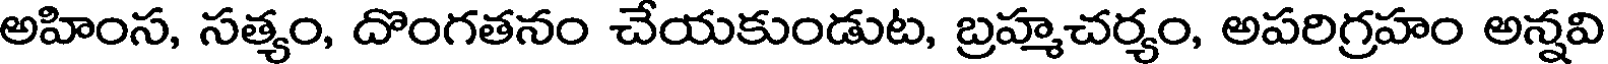
అహింస, సత్యం, దొంగతనం చేయకుండుట, బ్రహ్మచర్యం, అపరిగ్రహం అన్నవి